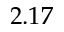
2 . 1 7